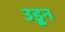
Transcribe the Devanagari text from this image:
उडू्न